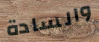
والسادة